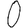
Digit: 0